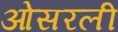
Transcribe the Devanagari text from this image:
ओसरली